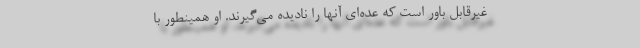
غیرقابل باور است که عده‌ای آنها را نادیده می‌گیرند. او همینطور با